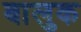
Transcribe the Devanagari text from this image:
बालुक